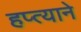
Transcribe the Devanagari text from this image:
हप्त्याने